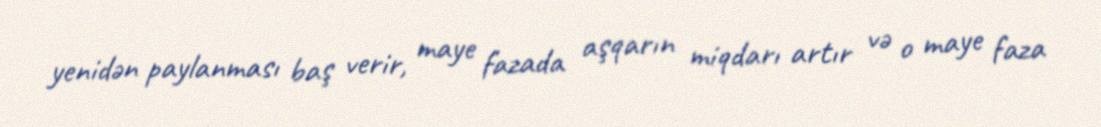
yenidən paylanması baş verir, maye fazada aşqarın miqdarı artır və o maye faza